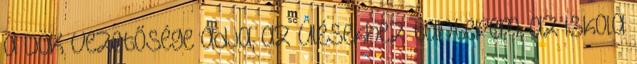
a DÖK vezetősége adja, az ülésekhez tanterem, az iskola